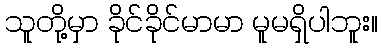
သူတို့မှာ ခိုင်ခိုင်မာမာ မူမရှိပါဘူး။